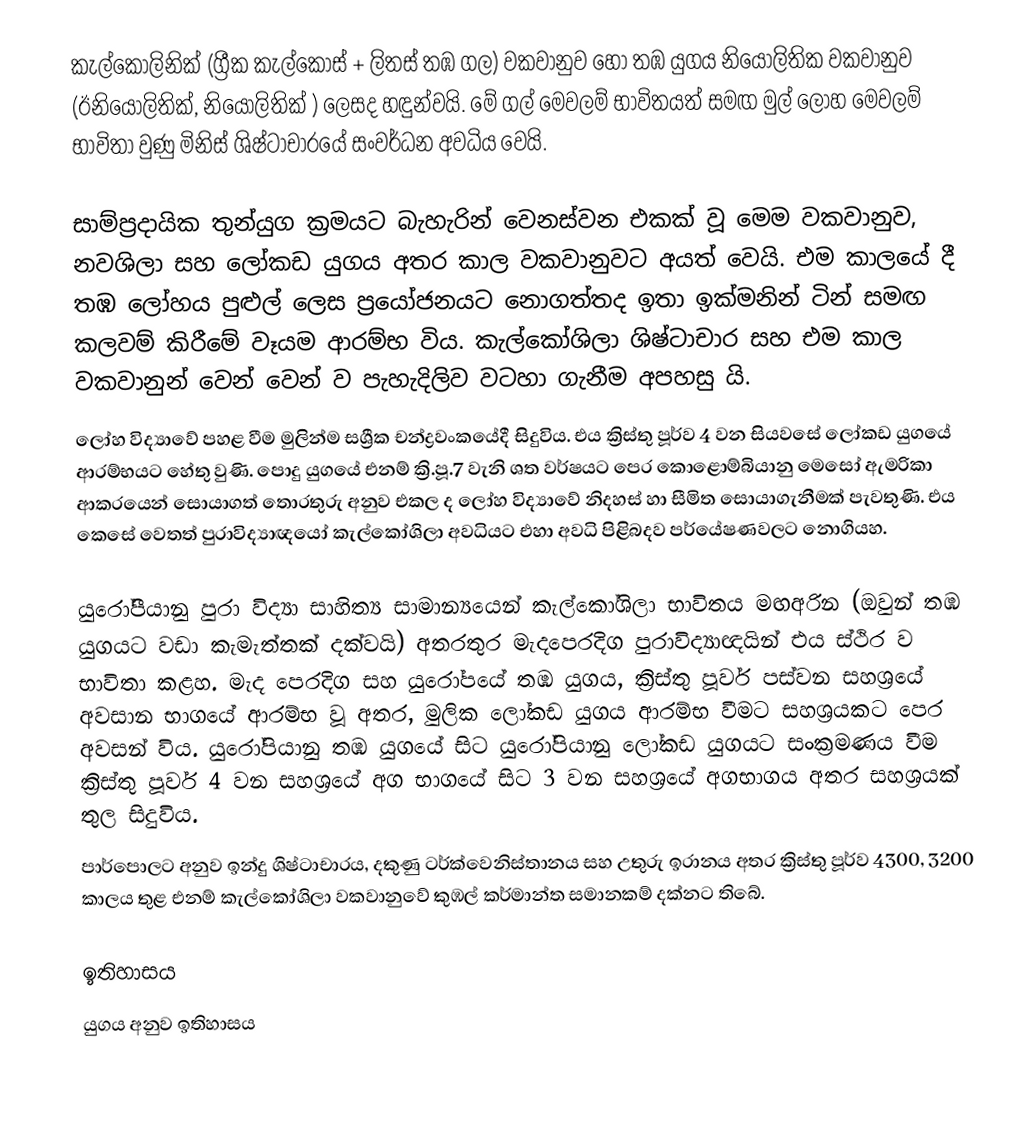
කැල්කොලිනික් (ග්‍රීක කැල්කෝස්  + ලිතස් තඹ ගල) වකවානුව හෝ තඹ යුගය  නියෝලිතික වකවානුව (ඊ‍නියෝලිතික්, නියෝලිතික් ‍) ලෙසද හඳුන්වයි. මේ ගල් මෙවලම් භාවිතයත් සමඟ මුල් ‍ලෝහ මෙවලම් භාවිතා වුණු මිනිස් ශිෂ්ටාචාරයේ සංවර්ධන අවධිය වෙයි.

සාම්ප්‍රදායික තුන්යුග ක්‍රමයට බැහැරින් වෙනස්වන එකක් වූ මෙම වකවානුව, නවශිලා සහ ලෝකඩ යුගය අතර කාල වකවානුවට අයත් වෙයි. එම කාලයේ දී තඹ ලෝහය පුළුල් ලෙස ප්‍රයෝජනයට නොගත්තද ඉතා ඉක්මනින් ටින් සමඟ කලවම් කිරීමේ වෑයම ආරම්භ විය. කැල්කෝශිලා ශිෂ්ටාචාර සහ එම කාල වකවානුන් වෙන් වෙන් ව පැහැදිලිව වටහා ගැනීම අපහසු යි.
ලෝහ විද්‍යාවේ පහළ වීම මුලින්ම සශ්‍රීක චන්ද්‍රවංකයේදී සිදුවිය. එය ක්‍රිස්තු පූර්ව 4 වන සියවසේ ලෝකඩ ‍යුගයේ ආරම්භයට හේතු වුණි. පොදු යුගයේ එනම් ක්‍රි.පූ.7 වැනි ශත වර්ෂයට පෙර කොළොම්බියානු මෙසෝ ඇමරිකා‍ ආකරයෙන් සොයාගත් තොරතුරු අනුව එකල ද ලෝහ විද්‍යාවේ නිදහස් හා සීමිත සොයාගැනීමක් පැවතුණි. එය කෙසේ වෙතත් පුරාවිද්‍යාඥයෝ  කැල්කෝශිලා අවධියට එහා අවධි පිළිබදව පර්යේෂණවලට නොගියහ.

යුරෝපීයානු පුරා විද්‍යා සාහිත්‍ය සාමාන්‍යයෙන් කැල්කෝශිලා භාවිතය මඟඅරින (ඔවුන් තඹ යුගයට වඩා කැමැත්තක් දක්වයි) අතරතුර මැදපෙරදිග පුරාවිද්‍යාඥයින් එය ස්ථිර ව භාවිතා කළහ. මැද පෙරදිග සහ යුරෝපයේ  තඹ යුගය, ක්‍රිස්තු පූර්ව  පස්වන සහශ්‍රයේ අවසාන භාගයේ ආරම්භ වූ අතර, මුලික ලෝකඩ යුගය ආරම්භ වීමට සහශ්‍රයකට පෙර අවසන් විය. යුරෝපියානු තඹ යුගයේ සිට යුරෝපියානු ලෝකඩ යුගයට සංක්‍රමණය වීම ක්‍රිස්තු පූර්ව 4 වන සහශ්‍රයේ අග භාගයේ සිට 3 වන සහශ්‍රයේ අගභාගය අතර සහශ්‍රයක් තුල සිදුවිය.
පාර්පොලට අනුව ඉන්දු ශිෂ්ටාචාරය, දකුණු ටර්ක්වෙනිස්තානය සහ උතුරු ඉරානය අතර ක්‍රිස්තු පූර්ව 4300, 3200 කාලය තුළ එනම් කැල්කෝශිලා වකවානුවේ කුඹල් කර්මාන්ත සමානකම් දක්නට තිබේ.

ඉතිහාසය
යුගය අනුව ඉතිහාසය